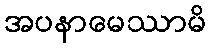
အပနာမေဿာမိ